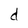
Character: d